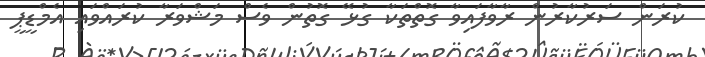
ކުރަން ސަރުކާރުން ރާވާފައިވާ ގޮތްތަކާ ގުޅޭ ގޮތުން ވެސް މަޝްވަރާ ކުރައްވައި އެމްޑީޕީ